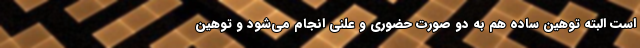
است البته توهین ساده هم به دو صورت حضوری و علنی انجام می‌شود و توهین